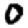
Digit: 0